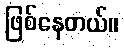
ဖြစ်နေတယ်။